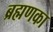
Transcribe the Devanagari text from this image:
ब्रह्मणका